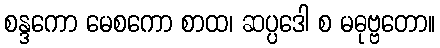
စန္ဒကော မေစကော စာထ၊ ဆပ္ပဒေါ စ မဓုဗ္ဗတော။